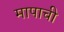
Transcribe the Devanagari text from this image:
मापाची